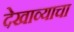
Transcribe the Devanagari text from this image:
देखाव्याचा